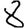
Digit: 8